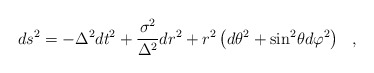
\begin{align*}ds^2 = -\Delta^2 dt^2 + \frac{\sigma^2}{\Delta^2} dr^2 + r^2 \left( {d\theta}^2 + {\sin}^2 \theta {d\varphi}^2 \right)~~,\end{align*}